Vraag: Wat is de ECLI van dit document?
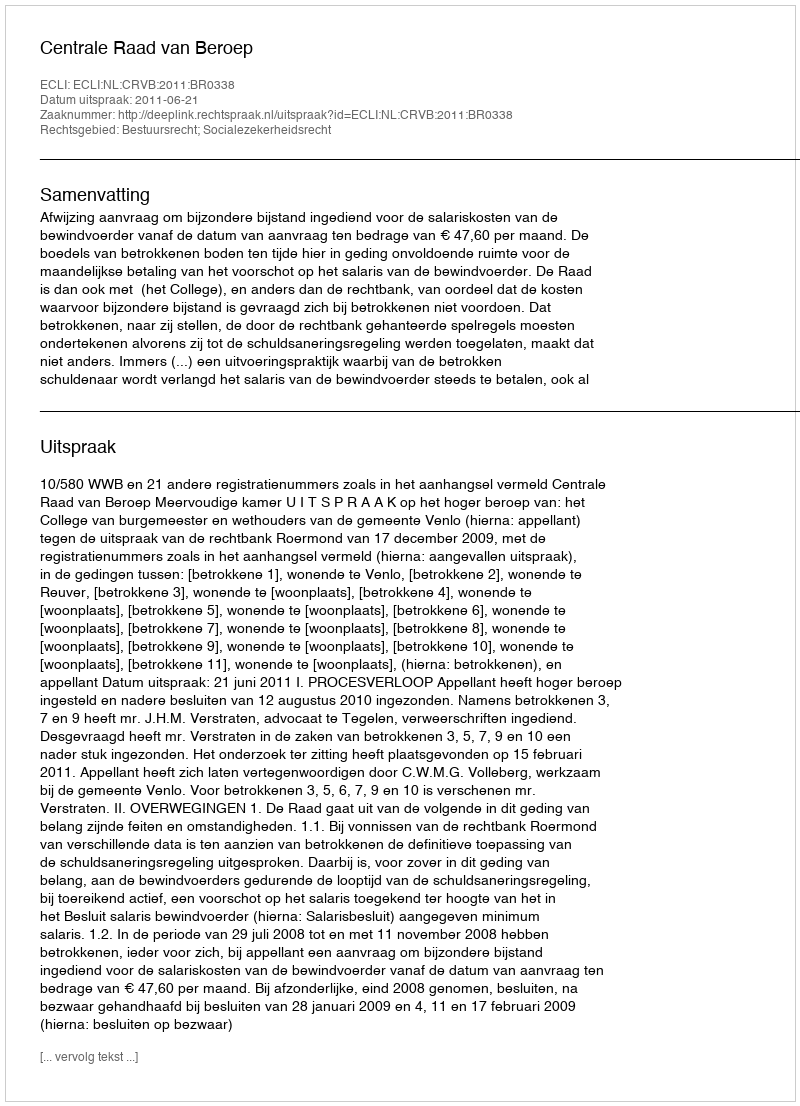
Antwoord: ECLI:NL:CRVB:2011:BR0338